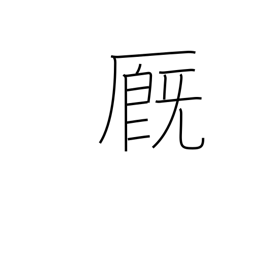
Meaning: stable